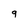
Character: 9